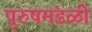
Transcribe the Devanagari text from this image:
पुरुषमंडळी